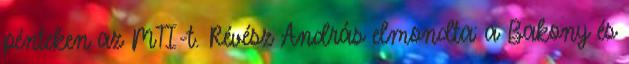
pénteken az MTI-t. Révész András elmondta: a Bakony és